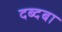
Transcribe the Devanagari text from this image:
दब्दबा